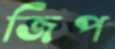
জিপ